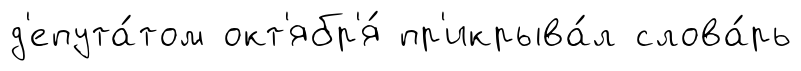
д'епута́том окт'ябр'я́ пр'икрыва́л слова́рь